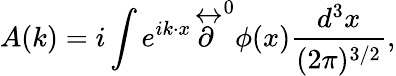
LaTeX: A(k)=i\int e^{ik\cdot x}\stackrel{\leftrightarrow}{\textstyle\partial}^{0}\phi(x)\frac{d^{3}x}{(2\pi)^{3/2}},